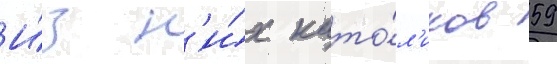
И́з н'и́х като́л'иков 59